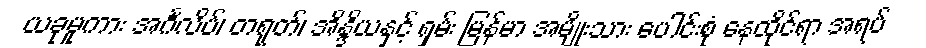
ယခုမူကား အင်္ဂလိပ်၊ တရုတ်၊ အိန္ဒိယနှင့် ရှမ်း မြန်မာ အမျိုးသား ပေါင်းစုံ နေထိုင်ရာ အရပ်